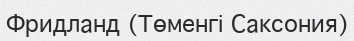
Фридланд (Төменгі Саксония)